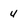
Character: 4